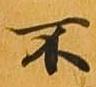
不